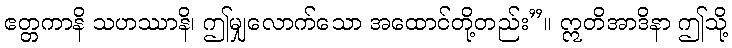
ဧတ္တကာနိ သဟဿာနိ၊ ဤမျှလောက်သော အထောင်တို့တည်း”။ ဣတိအာဒိနာ ဤသို့